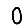
Digit: 0